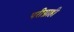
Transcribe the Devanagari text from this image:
परीग्राही